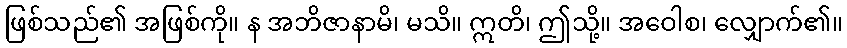
ဖြစ်သည်၏ အဖြစ်ကို။ န အဘိဇာနာမိ၊ မသိ။ ဣတိ၊ ဤသို့။ အဝေါစ၊ လျှောက်၏။